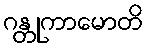
ဂန္တုကာမောတိ